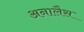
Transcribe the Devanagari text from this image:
अनालैस